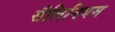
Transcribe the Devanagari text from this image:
सैलिनियम